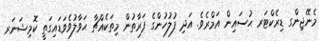
މެނޭޖިންގ ޑިރެކްޓަރ ޙުސައިން އަމްރެވެ. އަދި ފުލުހުންގެ ފަރާތުން މިތަކެއްޗާ ޙަވާލުވެވަޑައިގަތީ ކޮމިޝަނަރ